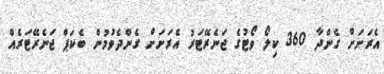
އެރަށަށް ގެންދާ 360 ކިލޯ ވޯޓުގެ ޖަނެރޭޓަރު އެރަށަށް ގެންދެވުމުން ބެކަޕް ޖަނެރޭޓަރެއް